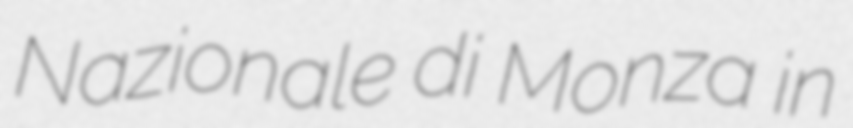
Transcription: Nazionale di Monza in